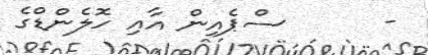
-      ސްޕެއިން އާއި ހޮލެންޑްގެ